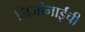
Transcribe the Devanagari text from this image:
जिजीभाईंची